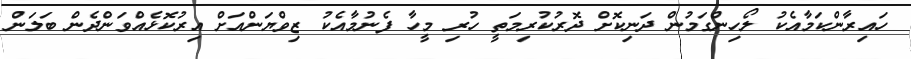
ހައިރާންކަމާއެކު ލޯހިންގަމުން ދަނިކޮށް ދޮރުކުރިމަތީ ހުރި މީހާ ފެނުމާއެކު ޒިވްޔަންއަށް އިރުކޮޅެއްވަންދެން ބަލަން